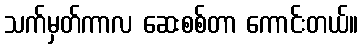
သက်မှတ်ကာလ ဆေးစစ်တာ ကောင်းတယ်။